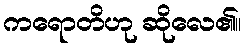
ကရောတိဟု ဆိုလေ၏။